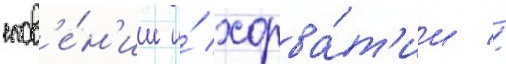
слов'е́н'ии и́ хорва́т'ии //